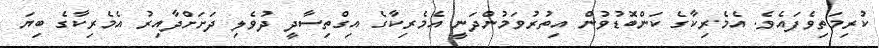
ކުރިމަތިވެފައެވެ. އެމެރިކާގެ ކަންބޮޑުވުން އިތުރުވަމުންދަނީ އެމެރިކާގެ އިގްތިސާދީ ދުވެލި ދަށަށްދާއިރު އެމެރިކާގެ ބިޔަ